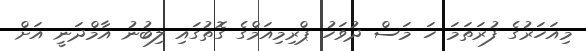
މިއަހަރުގެ ފުރަތަމަ ހަ މަސް ދުވަހު ޕްރިމިއަމްގެ ގޮތުގައި ލިބުނު އާމްދަނީ އަށް